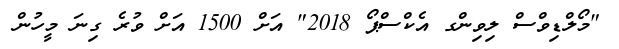
"މޯލްޑިވްސް ލިވިންގ އެކްސްޕޯ 2018" އަށް 1500 އަށް ވުރެ ގިނަ މީހުން